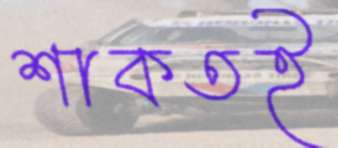
শাকতই